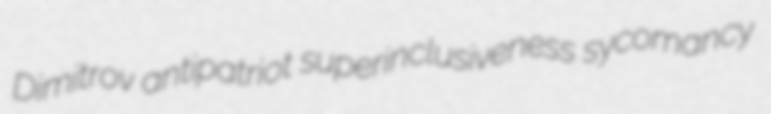
Dimitrov antipatriot superinclusiveness sycomancy